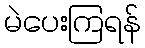
မဲပေးကြရန်